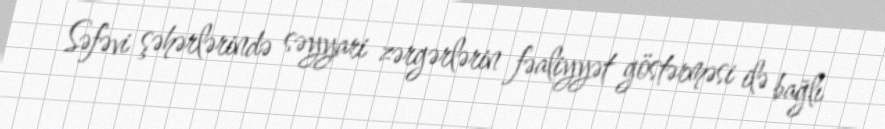
Səfəvi şəhərlərində səyyari zərgərlərin fəaliyyət göstərməsi ilə bağlı